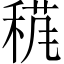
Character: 𥟌